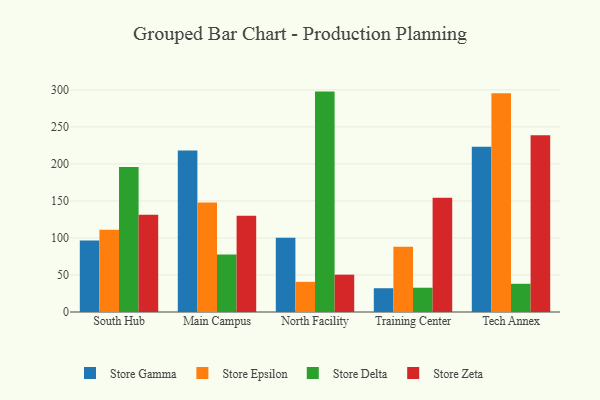
{"axis": {"x": "Campus", "y": "Waste Production (Tons)"}, "legend": ["Store Delta", "Store Epsilon", "Store Gamma", "Store Zeta"], "data": [{"x": "South Hub", "y": 96.6, "type": "Store Gamma"}, {"x": "South Hub", "y": 111.0, "type": "Store Epsilon"}, {"x": "South Hub", "y": 195.8, "type": "Store Delta"}, {"x": "South Hub", "y": 131.3, "type": "Store Zeta"}, {"x": "Main Campus", "y": 218.1, "type": "Store Gamma"}, {"x": "Main Campus", "y": 147.7, "type": "Store Epsilon"}, {"x": "Main Campus", "y": 77.7, "type": "Store Delta"}, {"x": "Main Campus", "y": 130.1, "type": "Store Zeta"}, {"x": "North Facility", "y": 100.4, "type": "Store Gamma"}, {"x": "North Facility", "y": 40.7, "type": "Store Epsilon"}, {"x": "North Facility", "y": 297.6, "type": "Store Delta"}, {"x": "North Facility", "y": 50.4, "type": "Store Zeta"}, {"x": "Training Center", "y": 32.1, "type": "Store Gamma"}, {"x": "Training Center", "y": 88.2, "type": "Store Epsilon"}, {"x": "Training Center", "y": 32.8, "type": "Store Delta"}, {"x": "Training Center", "y": 154.3, "type": "Store Zeta"}, {"x": "Tech Annex", "y": 223.2, "type": "Store Gamma"}, {"x": "Tech Annex", "y": 295.4, "type": "Store Epsilon"}, {"x": "Tech Annex", "y": 38.1, "type": "Store Delta"}, {"x": "Tech Annex", "y": 238.8, "type": "Store Zeta"}]}